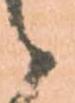
候